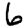
Digit: 6